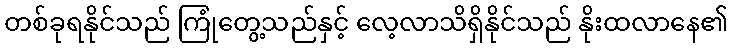
တစ်ခုရနိုင်သည် ကြုံတွေ့သည်နှင့် လေ့လာသိရှိနိုင်သည် နိုးထလာနေ၏